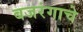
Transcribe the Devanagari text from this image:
बजरंगाचे